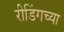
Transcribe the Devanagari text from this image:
रीडिंगच्या